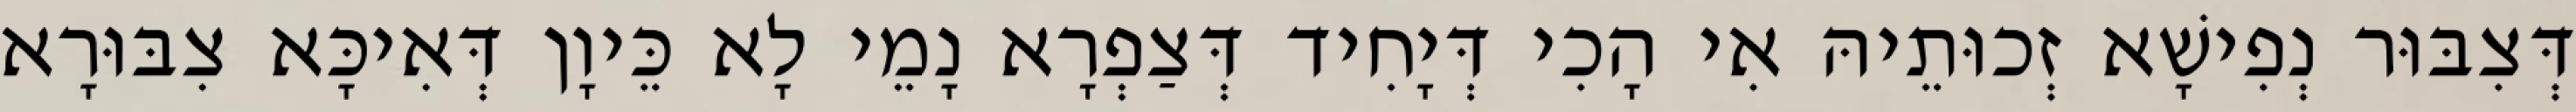
דְּצִבּוּר נְפִישָׁא זְכוּתֵיהּ אִי הָכִי דְּיָחִיד דְּצַפְרָא נָמֵי לָא כֵּיוָן דְּאִיכָּא צִבּוּרָא